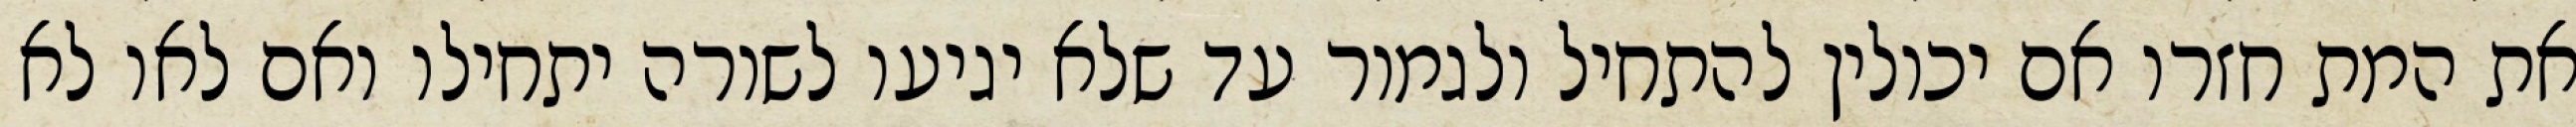
את המת חזרו אם יכולין להתחיל ולגמור עד שלא יגיעו לשורה יתחילו ואם לאו לא